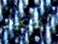
اطير